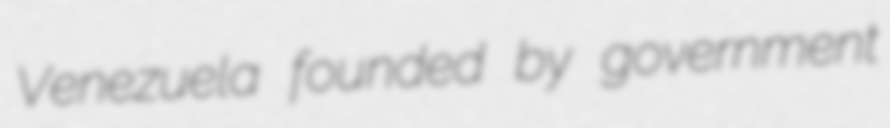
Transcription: Venezuela founded by government